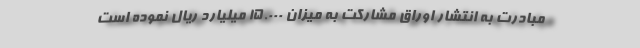
مبادرت به انتشار اوراق مشارکت به میزان 15.000 میلیارد ریال نموده است